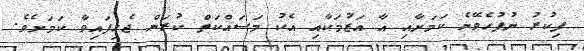
ފިކުރު ނުފުހެވޭނެ ކަމަށާއި އާ އަޒުމަކާއި އެކު މަސައްކަތް ކުރަން ޖެހިފައިވާ ކަމަށެވެ.